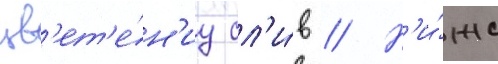
цв'ет'е́н'иу сл'и́в // Н'и́же